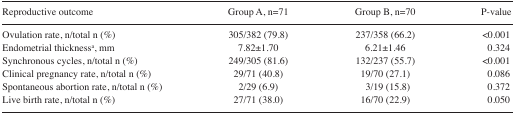
<table><thead><tr><td><b>Reproductive outcome</b></td><td><b>Group A, n=71</b></td><td><b>Group B, n=70</b></td><td><b>P-value</b></td></tr></thead><tbody><tr><td>Ovulation rate, n/total n (%)</td><td>305/382 (79.8)</td><td>237/358 (66.2)</td><td>&lt;0.001</td></tr><tr><td>Endometrial thickness<sup>a</sup>, mm</td><td>7.82±1.70</td><td>6.21±1.46</td><td>0.324</td></tr><tr><td>Synchronous cycles, n/total n (%)</td><td>249/305 (81.6)</td><td>132/237 (55.7)</td><td>&lt;0.001</td></tr><tr><td>Clinical pregnancy rate, n/total n (%)</td><td>29/71 (40.8)</td><td>19/70 (27.1)</td><td>0.086</td></tr><tr><td>Spontaneous abortion rate, n/total n (%)</td><td>2/29 (6.9)</td><td>3/19 (15.8)</td><td>0.372</td></tr><tr><td>Live birth rate, n/total n (%)</td><td>27/71 (38.0)</td><td>16/70 (22.9)</td><td>0.050</td></tr></tbody></table>